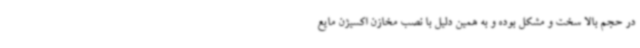
در حجم بالا سخت و مشکل بوده و به همین دلیل با نصب مخازن اکسیژن مایع